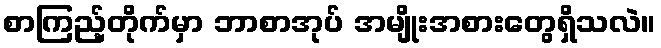
စာကြည့်တိုက်မှာ ဘာစာအုပ် အမျိုးအစားတွေရှိသလဲ။